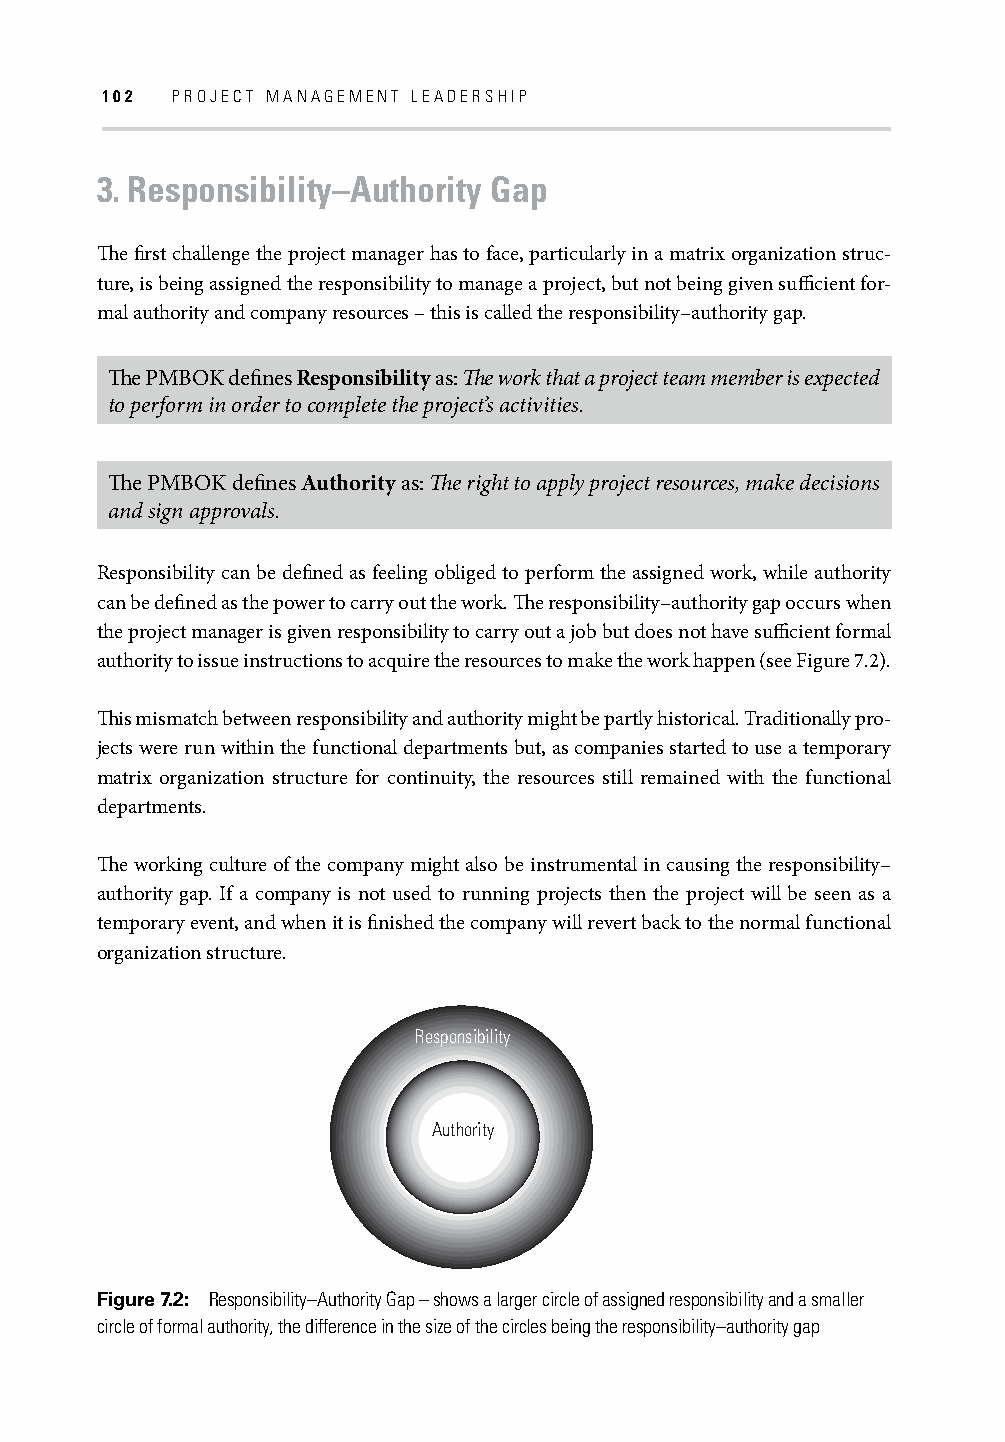
102 PROJECT MANAGEMENT LEADERSHIP
 3. Responsibility–Authority Gap
 Th e fi rst challenge the project manager has to face, particularly in a matrix organization struc-
 ture, is being assigned the responsibility to manage a project, but not being given suffi cient for-
 mal authority and company resources – this is called the responsibility–authority gap.
 Th e PMBOK defi nes Responsibility as: Th e work that a project team member is expected
 to perform in order to complete the project’s activities.
 Th e PMBOK defi nes Authority as: Th e right to apply project resources, make decisions
 and sign approvals.
 Responsibility can be defi ned as feeling obliged to perform the assigned work, while authority
 can be defi ned as the power to carry out the work. Th e responsibility–authority gap occurs when
 the project manager is given responsibility to carry out a job but does not have suffi cient formal
 authority to issue instructions to acquire the resources to make the work happen (see Figure 7.2).
 Th is mismatch between responsibility and authority might be partly historical. Traditionally pro-
 jects were run within the functional departments but, as companies started to use a temporary
 matrix organization structure for continuity, the resources still remained with the functional
 departments.
 Th e working culture of the company might also be instrumental in causing the responsibility–
 authority gap. If a company is not used to running projects then the project will be seen as a
 temporary event, and when it is fi nished the company will revert back to the normal functional
 organization structure.
 Responsibility
 Authority
 Figure 7.2: Responsibility–Authority Gap – shows a larger circle of assigned responsibility and a smaller
 circle of formal authority, the difference in the size of the circles being the responsibility–authority gap